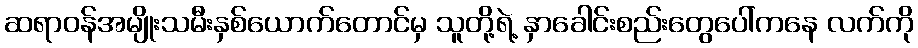
ဆရာဝန်အမျိုးသမီးနှစ်ယောက်တောင်မှ သူတို့ရဲ့ နှာခေါင်းစည်းတွေပေါ်ကနေ လက်ကို